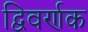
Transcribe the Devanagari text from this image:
द्विवर्णक